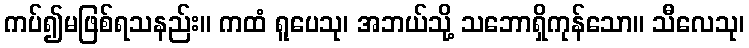
ကပ်၍မဖြစ်ရသနည်း။ ကထံ ရူပေသု၊ အဘယ်သို့ သဘောရှိကုန်သော။ သီလေသု၊